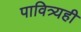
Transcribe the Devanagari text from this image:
पावित्र्यही